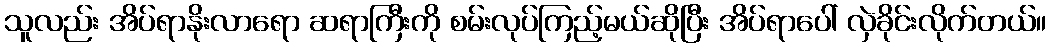
သူလည်း အိပ်ရာနိုးလာရော ဆရာကြီးကို စမ်းလုပ်ကြည့်မယ်ဆိုပြီး အိပ်ရာပေါ် လှဲခိုင်းလိုက်တယ်။